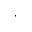
\cdot